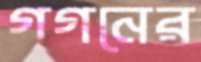
গগনের